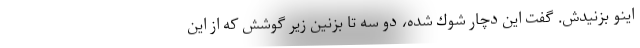
اينو بزنيدش. گفت اين دچار شوك شده، دو سه تا بزنين زير گوشش كه از اين